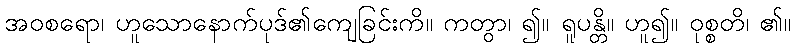
အဝစရော၊ ဟူသောနောက်ပုဒ်၏ကျေခြင်းကိ။ ကတွာ၊ ၍။ ရူပန္တိ။ ဟူ၍။ ဝုစ္စတိ၊ ၏။